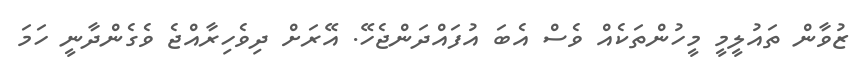
ޒުވާން ތައުލީމީ މީހުންތަކެއް ވެސް އެބަ އުފައްދަންޖެހޭ. އޭރަށް ދިވެހިރާއްޖެ ވެގެންދާނީ ހަމަ